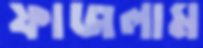
ফাজলাম